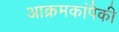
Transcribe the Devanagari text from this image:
आक्रमकांपैकी